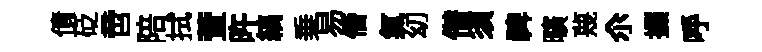
債砭啻陪拭萱旿縞乗易僭氣㓜僣須禆曠蔑尒擈呼